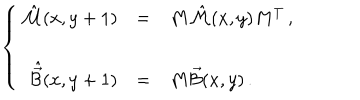
\left\{ \begin{array} { r c l } { { \hat { \cal M } ( x , y + 1 ) } } & { { = } } & { { M \hat { \cal M } ( x , y ) M ^ { T } \, , } } \\ { { } } & { { } } & { { } } \\ { { \hat { \vec { \cal B } } ( x , y + 1 ) } } & { { = } } & { { M \vec { \cal B } ( x , y ) \, . } } \\ \end{array} \right.